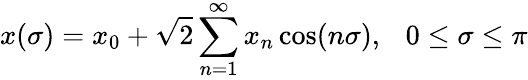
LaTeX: x(\sigma)=x_{0}+\sqrt{2}\sum_{n=1}^{\infty}x_{n}\cos(n\sigma),~~~0\leq\sigma\leq\pi